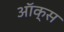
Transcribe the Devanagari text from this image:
ऑक्‍स